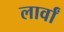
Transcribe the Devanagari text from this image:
लार्वां